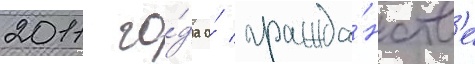
2011 го́да о́ гражда́нств'е